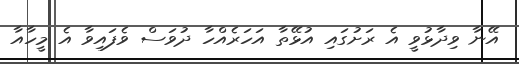
އޭނާ ވިދާޅުވީ އެ ރަށުގައި އުޅޭތާ އަހަރެއްހާ ދުވަސް ވެފައިވާ އެ މީހާއާ